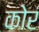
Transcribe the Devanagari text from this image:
कोरं